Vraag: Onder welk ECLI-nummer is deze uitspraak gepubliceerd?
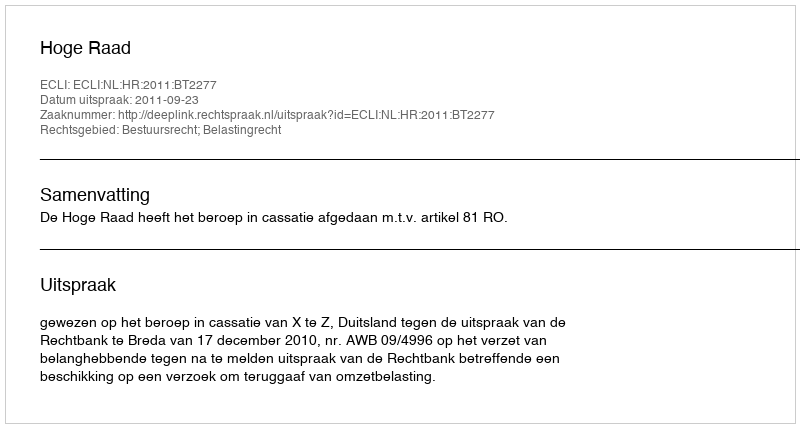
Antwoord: ECLI:NL:HR:2011:BT2277